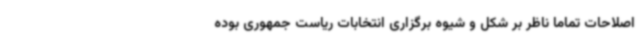
اصلاحات تماماً ناظر بر شکل و شیوه برگزاری انتخابات ریاست جمهوری بوده